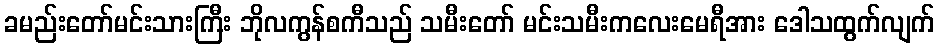
ခမည်းတော်မင်းသားကြီး ဘိုလကွန်စကီသည် သမီးတော် မင်းသမီးကလေးမေရီအား ဒေါသထွက်လျက်